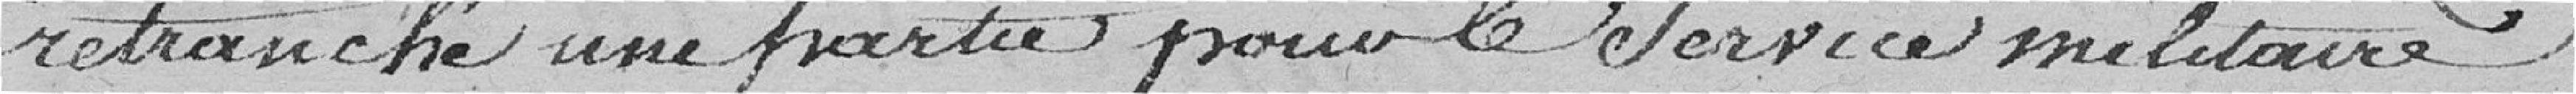
retranché une partie pour le service militaire